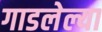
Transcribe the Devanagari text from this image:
गाडलेल्या